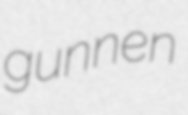
gunnen